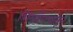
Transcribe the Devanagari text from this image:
शिलाँगपासून